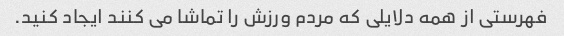
فهرستی از همه دلایلی که مردم ورزش را تماشا می کنند ایجاد کنید.